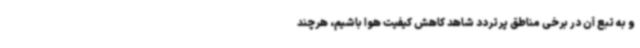
و به ‌تبع آن در برخی مناطق پرتردد شاهد کاهش کیفیت هوا باشیم، هرچند